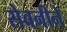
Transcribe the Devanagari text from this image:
सेवनीने